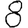
Digit: 8